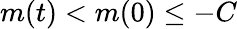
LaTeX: m(t)<m(0)\leq-C